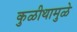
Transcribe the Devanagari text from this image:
कुळीथामुळे